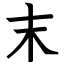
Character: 末